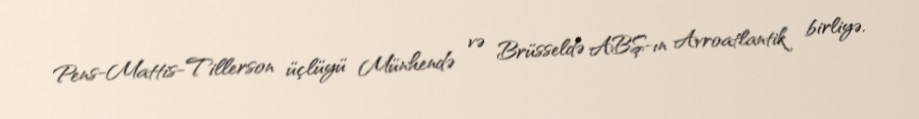
Pens-Mattis-Tillerson üçlüyü Münhendə və Brüsseldə ABŞ-ın Avroatlantik birliyə,